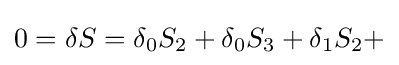
0=\delta S=\delta _{0}S_{2}+\delta _{0}S_{3}+\delta _{1}S_{2}+